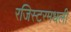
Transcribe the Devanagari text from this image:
रजिस्‍टरमधली